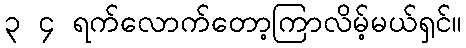
၃ ၄ ရက်လောက်တော့ကြာလိမ့်မယ်ရှင်။